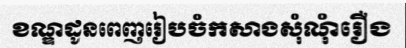
ខណ្ឌដូនពេញរៀបចំកសាងសុំណុំរឿង